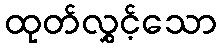
ထုတ်လွှင့်သော